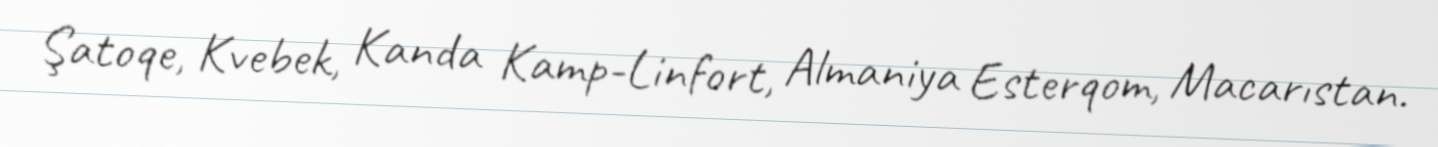
Şatoqe, Kvebek, Kanda Kamp-Linfort, Almaniya Esterqom, Macarıstan.